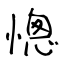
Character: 憁